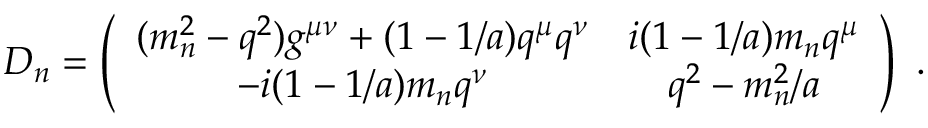
D _ { n } = \left( \begin{array} { c c } { { ( m _ { n } ^ { 2 } - q ^ { 2 } ) g ^ { \mu \nu } + ( 1 - 1 / a ) q ^ { \mu } q ^ { \nu } } } & { { i ( 1 - 1 / a ) m _ { n } q ^ { \mu } } } \\ { { - i ( 1 - 1 / a ) m _ { n } q ^ { \nu } } } & { { q ^ { 2 } - m _ { n } ^ { 2 } / a } } \end{array} \right) ~ .